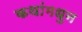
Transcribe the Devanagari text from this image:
कथांमधुन